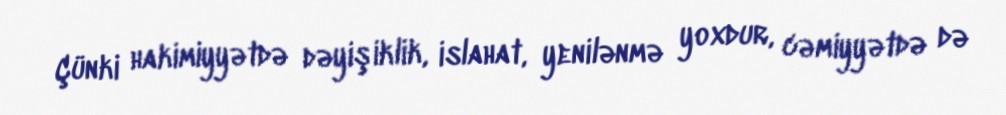
Çünki hakimiyyətdə dəyişiklik, islahat, yenilənmə yoxdur, cəmiyyətdə də